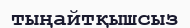
тыңайтқышсыз